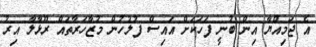
އެ ޖަމިއްޔާ އިން ބުނީ ފަހަކަށް އައިސް ފުލުހުން މުޒާހަރާތައް ރޫޅާލާ އިރު